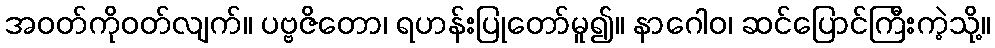
အဝတ်ကိုဝတ်လျက်။ ပဗ္ဗဇိတော၊ ရဟန်းပြုတော်မူ၍။ နာဂေါဝ၊ ဆင်ပြောင်ကြီးကဲ့သို့။